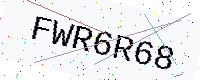
Text: FWR6R68